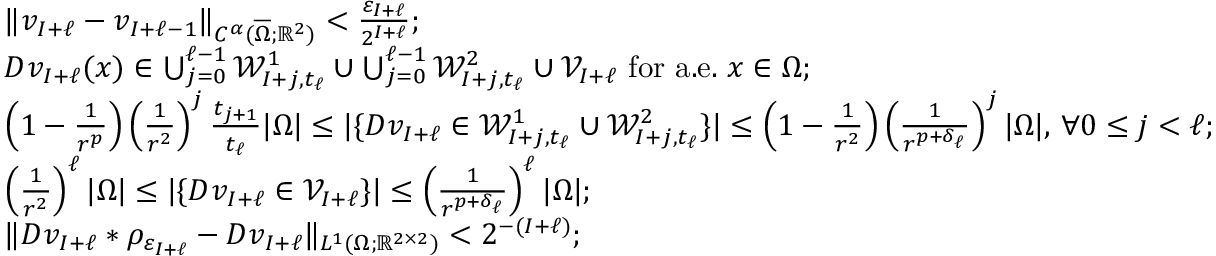
\begin{array} { r l } & { \| v _ { I + \ell } - v _ { I + \ell - 1 } \| _ { C ^ { \alpha } ( \overline { { \Omega } } ; \mathbb R ^ { 2 } ) } < \frac { \varepsilon _ { I + \ell } } { 2 ^ { I + \ell } } ; } \\ & { D v _ { I + \ell } ( x ) \in \bigcup _ { j = 0 } ^ { \ell - 1 } \mathcal { W } _ { I + j , t _ { \ell } } ^ { 1 } \cup \bigcup _ { j = 0 } ^ { \ell - 1 } \mathcal { W } _ { I + j , t _ { \ell } } ^ { 2 } \cup \mathcal { V } _ { I + \ell } \mathrm { ~ f o r ~ a . e . ~ } x \in \Omega ; } \\ & { \left( 1 - \frac { 1 } { r ^ { p } } \right) \left( \frac { 1 } { r ^ { 2 } } \right) ^ { j } \frac { t _ { j + 1 } } { t _ { \ell } } | \Omega | \leq | \{ D v _ { I + \ell } \in \mathcal { W } _ { I + j , t _ { \ell } } ^ { 1 } \cup \mathcal { W } _ { I + j , t _ { \ell } } ^ { 2 } \} | \leq \left( 1 - \frac { 1 } { r ^ { 2 } } \right) \left( \frac { 1 } { r ^ { p + \delta _ { \ell } } } \right) ^ { j } | \Omega | , \, \forall 0 \leq j < \ell ; } \\ & { \left( \frac { 1 } { r ^ { 2 } } \right) ^ { \ell } | \Omega | \leq | \{ D v _ { I + \ell } \in \mathcal { V } _ { I + \ell } \} | \leq \left( \frac { 1 } { r ^ { p + \delta _ { \ell } } } \right) ^ { \ell } | \Omega | ; } \\ & { \| D v _ { I + \ell } \ast \rho _ { \varepsilon _ { I + \ell } } - D v _ { I + \ell } \| _ { L ^ { 1 } ( \Omega ; \mathbb R ^ { 2 \times 2 } ) } < 2 ^ { - ( I + \ell ) } ; } \end{array}